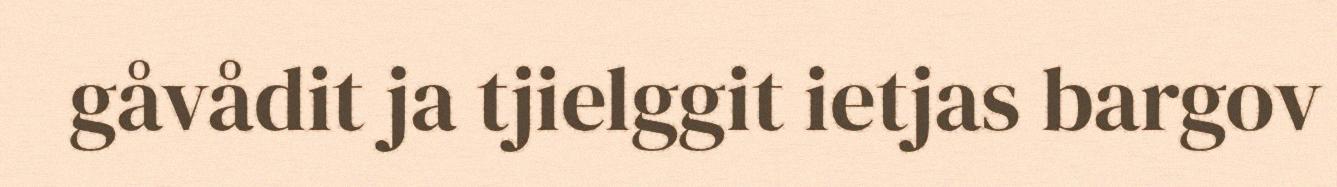
gåvådit ja tjielggit ietjas bargov